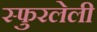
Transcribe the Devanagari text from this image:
स्फुरलेली